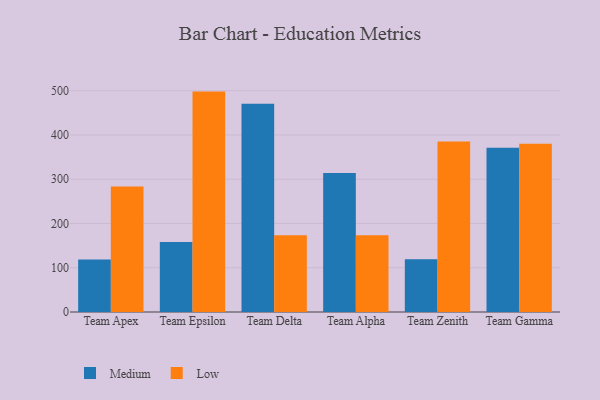
{"axis": {"x": "Team", "y": "Revenue (USD Million)"}, "legend": ["Low", "Medium"], "data": [{"x": "Team Apex", "y": 118.9, "type": "Medium"}, {"x": "Team Apex", "y": 283.8, "type": "Low"}, {"x": "Team Epsilon", "y": 158.3, "type": "Medium"}, {"x": "Team Epsilon", "y": 498.0, "type": "Low"}, {"x": "Team Delta", "y": 470.3, "type": "Medium"}, {"x": "Team Delta", "y": 173.5, "type": "Low"}, {"x": "Team Alpha", "y": 313.8, "type": "Medium"}, {"x": "Team Alpha", "y": 173.7, "type": "Low"}, {"x": "Team Zenith", "y": 119.4, "type": "Medium"}, {"x": "Team Zenith", "y": 385.1, "type": "Low"}, {"x": "Team Gamma", "y": 371.3, "type": "Medium"}, {"x": "Team Gamma", "y": 380.2, "type": "Low"}]}